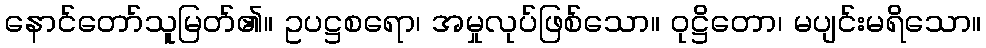
နောင်တော်သူမြတ်၏။ ဥပဋ္ဌစရော၊ အမှုလုပ်ဖြစ်သော။ ဝုဋ္ဌိတော၊ မပျင်းမရိသော။